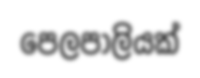
පෙලපාලියක්